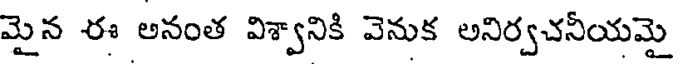
మైన ఈ అనంత విశ్వానికి వెనుక అనిర్వచనీయమై